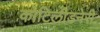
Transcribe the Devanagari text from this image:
कोटिलीडनेरी